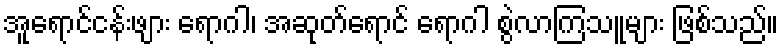
အူရောင်ငန်းဖျား ရောဂါ၊ အဆုတ်ရောင် ရောဂါ စွဲလာကြသူများ ဖြစ်သည်။